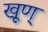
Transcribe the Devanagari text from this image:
खूण्